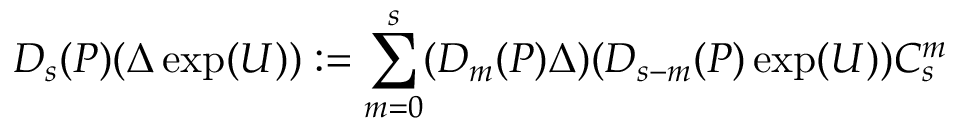
D _ { s } ( P ) ( \Delta \exp ( U ) ) : = \sum _ { m = 0 } ^ { s } ( D _ { m } ( P ) \Delta ) ( D _ { s - m } ( P ) \exp ( U ) ) C _ { s } ^ { m }